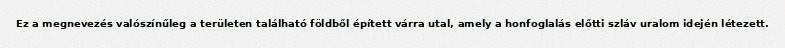
Ez a megnevezés valószínűleg a területen található földből épített várra utal, amely a honfoglalás előtti szláv uralom idején létezett.